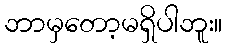
ဘာမှတော့မရှိပါဘူး။